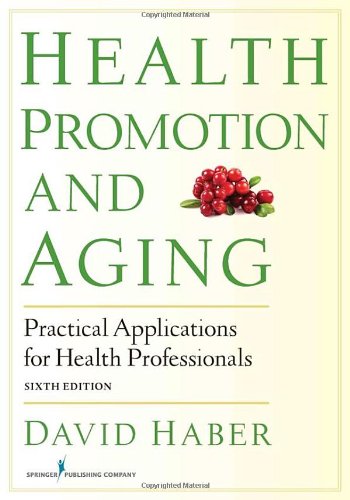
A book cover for Health Promotion and Aging: Practical Applications for Health Professionals, Sixth Edition; David Haber PhD; Medical Books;